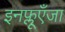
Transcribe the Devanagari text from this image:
इनफ्लूएँजा